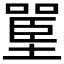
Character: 𰊪